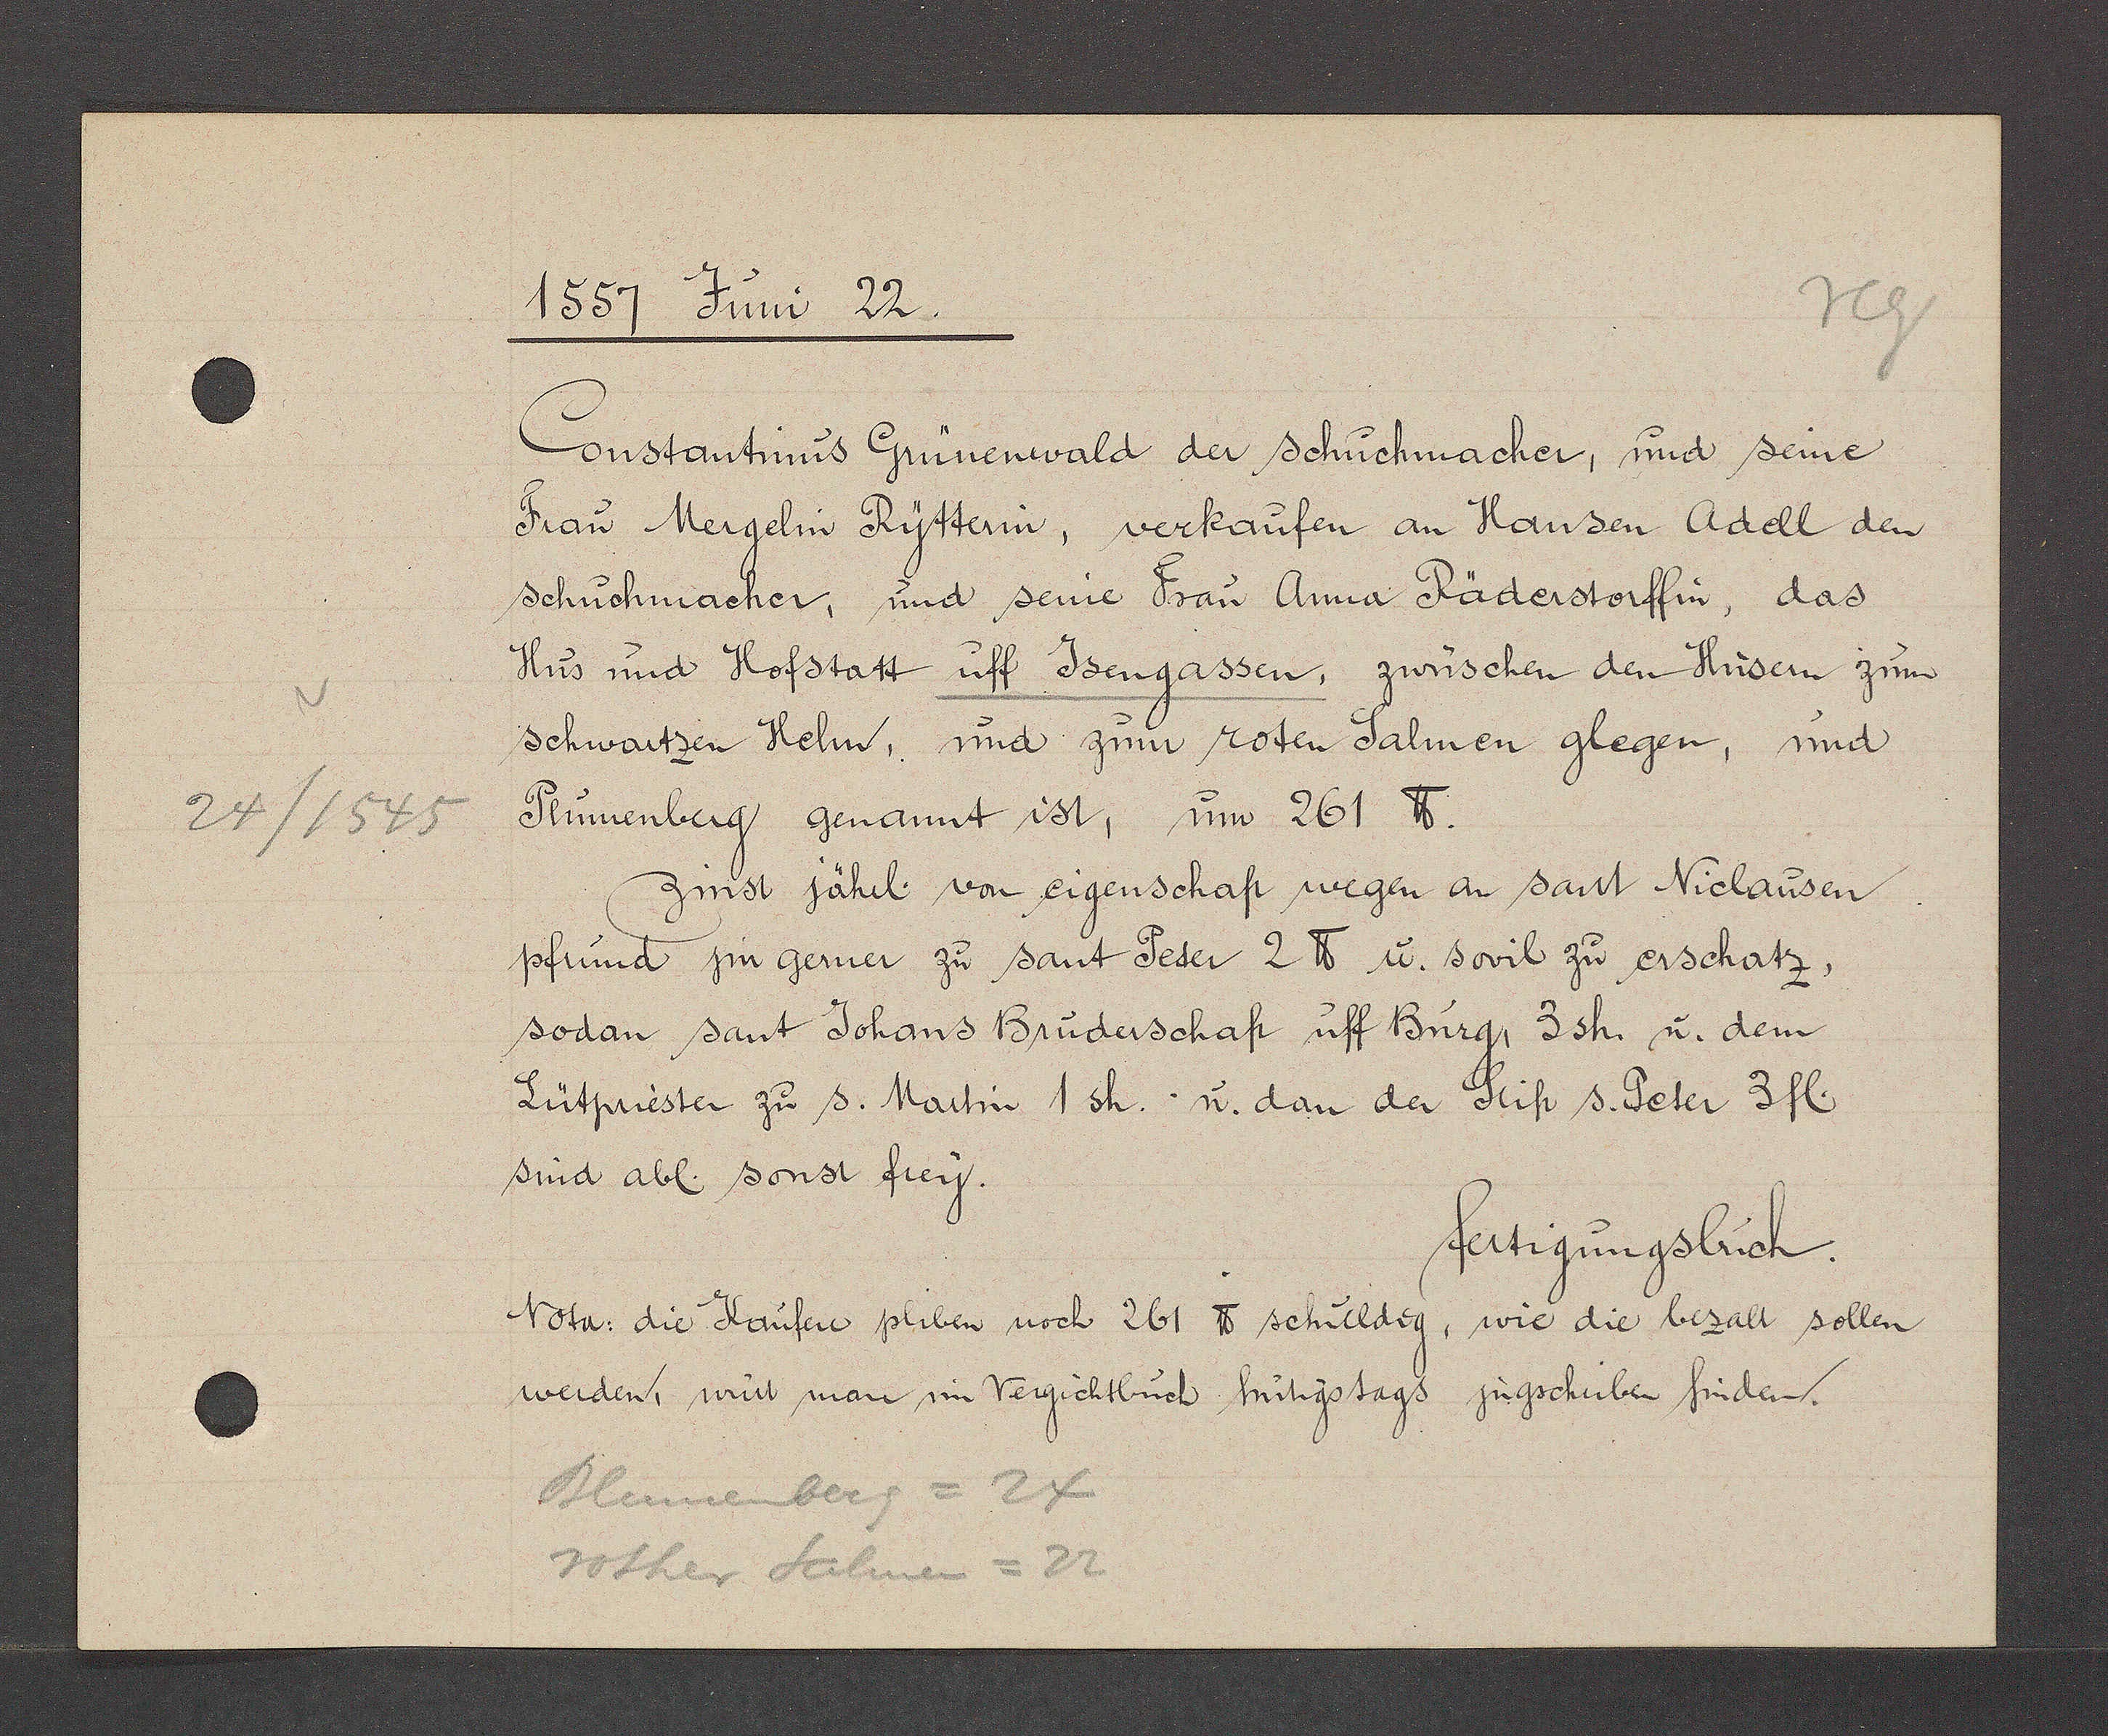
Transcript:
24/1545

1557 Juni 22.
Constantinus Grünenwald der schuchmacher, und seine
Frau Mergelin Rytterin, verkaufen an Hansen Adell den
schuchmacher, und seine Frau Anna Räderstorffin, das
Hus und Hofstatt uff Jsengassen, zwuschen den Hüsern zum
schwartzen Helm, und zum roten Salmen glegen, und
Plümenberg genannt ist, um 261 ℔.
Zinst jährl von eigenschaft wegen an sant Niclausen
pfrund im gerner zu sant Peter 2 ℔ u. sovil zu erschatz,
sodan sant Johans Brüderschaft uff Burg, 3sh. u. dem
Lütpriester zu s. Martin 1 sh. - u. dan der Stift s. Peter 3fl
sind abl. sonst frey.
fertigungsbuch.
Nota: die Käufer pliben noch 261 ℔ schuldig, wie die bezalt sollen
werden, wirt man im Vergichtbuch hutigstags zugschriben finden.
Blumenberg= 24
rother Salmen = 22